Annual statistical returns and brief notes on vaccination in Bengal - 1896-1909
Year: 1896
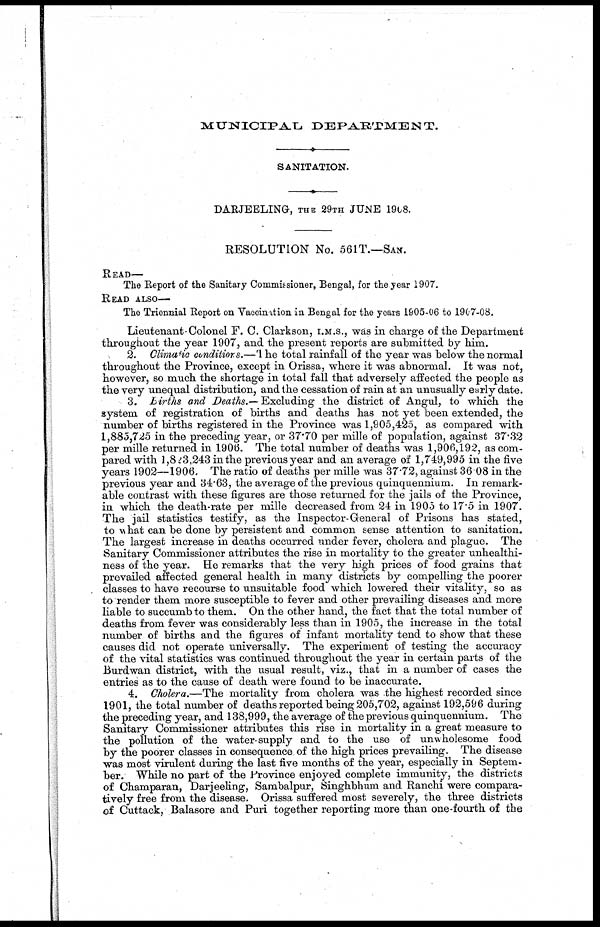
MUNICIPAL
DEPARTMENT.
SANITATION.
DARJEELING, THE 29TH JUNE 1908.
RESOLUTION No. 561T.—SAN.
READ—
The Report of the Sanitary Commissioner, Bengal, for the year 1907.
READ ALSO—
The Triennial Report on Vaccination in Bengal for the years 1905-06 to 1907-08.
Lieutenant-Colonel F. C. Clarkson, I.M.S., was in charge of the Department
throughout the year 1907, and the present reports are submitted by him.
2. Climatic conditions.—The total rainfall of the year was below the normal
throughout the Province, except in Orissa, where it was abnormal. It was not,
however, so much the shortage in total fall that adversely affected the people as
the very unequal distribution, and the cessation of rain at an unusually early date.
3. Births and Deaths.— Excluding the district of Angul, to which the
system of registration of births and deaths has not yet been extended, the
number of births registered in the Province was 1,905,425, as compared with
1,885,725 in the preceding year, or 37.70 per mille of population, against 37.32
per mille returned in 1906. The total number of deaths was 1,906,192, as com-
pared with 1,823,243 in the previous year and an average of 1,749,995 in the five
years 1902—1906. The ratio of deaths per mille was 37.72, against 36.08 in the
previous year and 34.63, the average of the previous quinquennium. In remark-
able contrast with these figures are those returned for the jails of the Province,
in which the death-rate per mille decreased from 24 in 1905 to 17.5 in 1907.
The jail statistics testify, as the Inspector-General of Prisons has stated,
to what can be done by persistent and common sense attention to sanitation.
The largest increase in deaths occurred under fever, cholera and plague. The
Sanitary Commissioner attributes the rise in mortality to the greater unhealthi-
ness of the year. He remarks that the very high prices of food grains that
prevailed affected general health in many districts by compelling the poorer
classes to have recourse to unsuitable food which lowered their vitality, so as
to render them more susceptible to fever and other prevailing diseases and more
liable to succumb to them. On the other hand, the fact that the total number of
deaths from fever was considerably less than in 1905, the increase in the total
number of births and the figures of infant mortality tend to show that these
causes did not operate universally. The experiment of testing the accuracy
of the vital statistics was continued throughout the year in certain parts of the
Burdwan district, with the usual result, viz., that in a number of cases the
entries as to the cause of death were found to be inaccurate.
4. Cholera.—The mortality from cholera was the highest recorded since
1901, the total number of deaths reported being 205,702, against 192,596 during
the preceding year, and 138,999, the average of the previous quinquennium. The
Sanitary Commissioner attributes this rise in mortality in a great measure to
the pollution of the water-supply and to the use of unwholesome food
by the poorer classes in consequence. of the high prices prevailing. The disease
was most virulent during the last five months of the year, especially in Septem-
ber. While no part of the Province enjoyed complete immunity, the districts
of Champaran, Darjeeling, Sambalpur, Singhbhum and Ranchi were compara-
tively free from the disease. Orissa suffered most severely, the three districts
of Cuttack, Balasore and Puri together reporting more than one-fourth of the